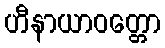
ဟီနာယာဝတ္တော